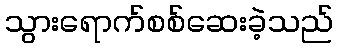
သွားရောက်စစ်ဆေးခဲ့သည်